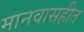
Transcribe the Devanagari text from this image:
मानवासहीत